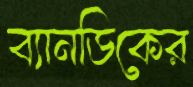
ব্যানডিকের